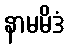
နာမမိဒံ